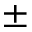
\pm